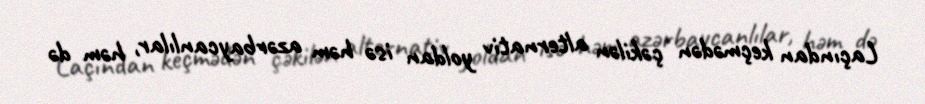
Laçından keçmədən çəkilən alternativ yoldan isə həm azərbaycanlılar, həm də